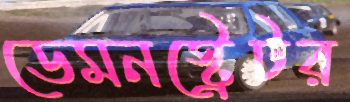
ডেমনস্ট্রেটর